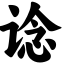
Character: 谂